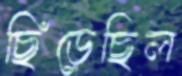
ছিঁড়েছিল